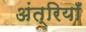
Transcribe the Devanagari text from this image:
अंत्रियाँ